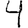
Digit: 4